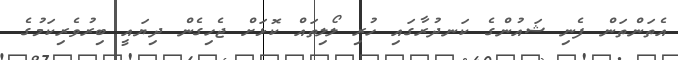
އެތަންތަން ފެނި ޝައުންގެ ކަނދުރާގައި ހުރި ލޯލިތައް ކޮޅަށް ޖެހިގެން ދިޔައީ ބިރުވެރިކަމުގެ